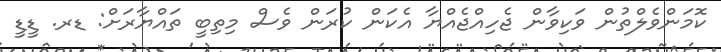
ކޮމަންވެލްތުން ވަކިވާން ޖެހިއްޖެއްޔާ އެކަން ކުރަން ވެސް މިތިބީ ތައްޔާރަށް: ޑރ. ޑީޑީ